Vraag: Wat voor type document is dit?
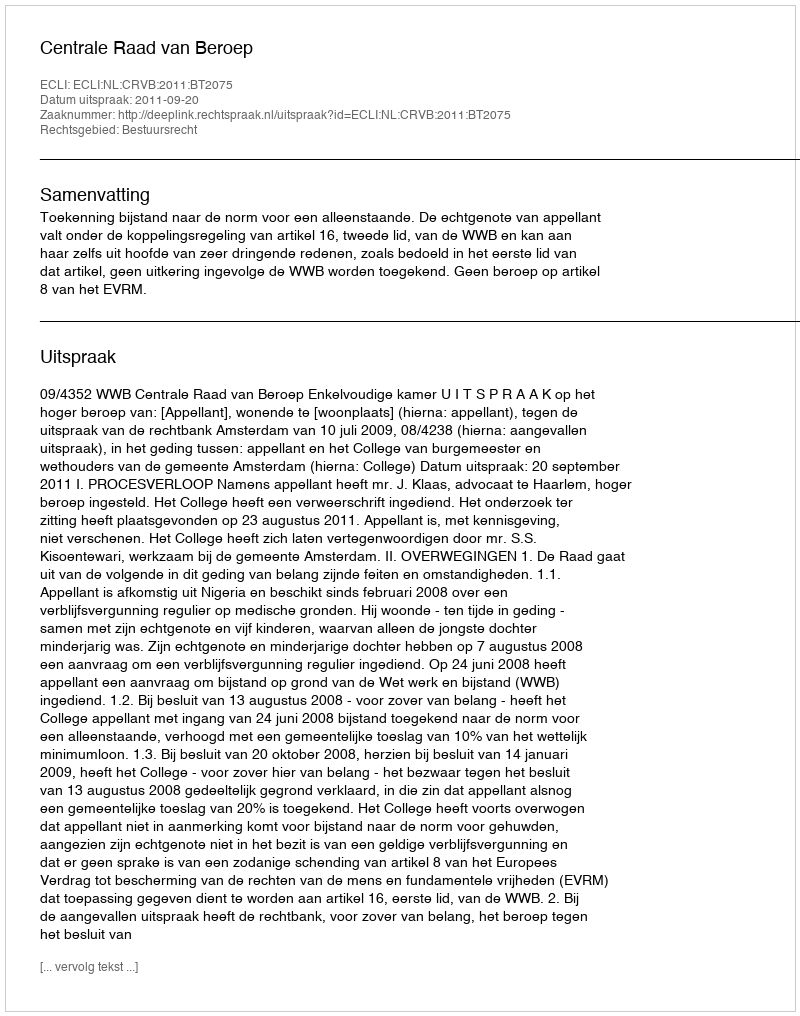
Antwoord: Uitspraak